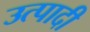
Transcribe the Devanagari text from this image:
उत्पादी